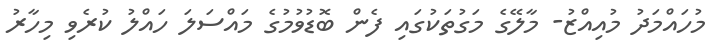
މުހައްމަދު މުއިއްޒު- މާލޭގެ މަގުތަކުގައި ފެން ބޮޑުވުމުގެ މައްސަލަ ހައްލު ކުރެވި މިހާރު